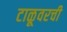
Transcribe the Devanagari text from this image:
टाळूवरची